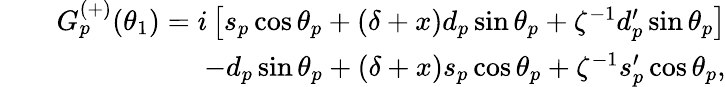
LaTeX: \begin{array}{rlr}&{}&{G_{p}^{(+)}(\theta_{1})=i\left[s_{p}\cos\theta_{p}+\left(\delta+x\right)d_{p}\sin\theta_{p}+\zeta^{-1}d_{p}^{\prime}\sin\theta_{p}\right]}\\ &{}&{-d_{p}\sin\theta_{p}+\left(\delta+x\right)s_{p}\cos\theta_{p}+\zeta^{-1}s_{p}^{\prime}\cos\theta_{p},}\end{array}